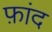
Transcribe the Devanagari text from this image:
फ़ांद